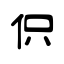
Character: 伿